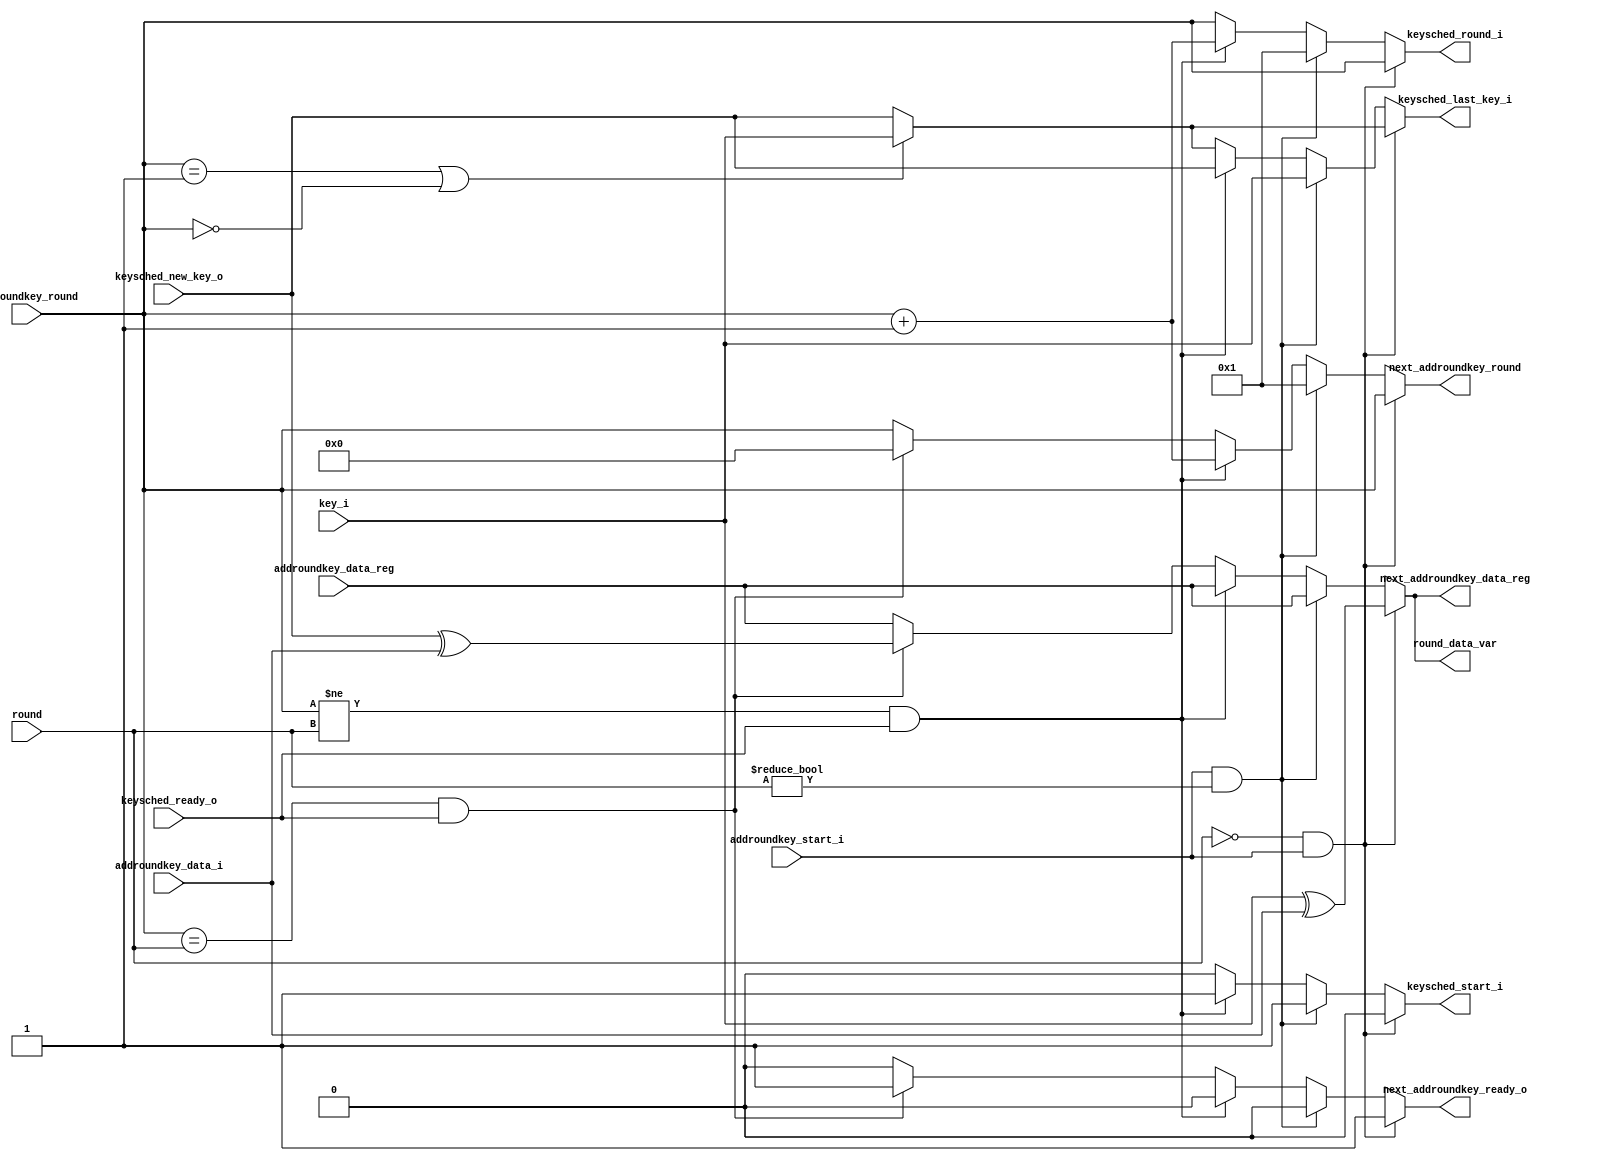

// a simple test case extracted from systemcaes (as included in iwls2005)
// this design has latches (or logic loops) for the two temp variables.
// this latches (or logic loops) must be removed in the final synthesis results

module aes(
	// inputs
	input [3:0] addroundkey_data_i,
	input [3:0] addroundkey_data_reg,
	input [3:0] addroundkey_round,
	input [3:0] key_i,
	input [3:0] keysched_new_key_o,
	input [3:0] round,
	input addroundkey_start_i,
	input keysched_ready_o,

	// outputs
	output reg [3:0] keysched_last_key_i,
	output reg [3:0] keysched_round_i,
	output reg [3:0] next_addroundkey_data_reg,
	output reg [3:0] next_addroundkey_round,
	output reg [3:0] round_data_var,
	output reg keysched_start_i,
	output reg next_addroundkey_ready_o
);

// temp variables
reg [3:0] data_var;
reg [3:0] round_key_var;

always @*
begin
	keysched_start_i = 0;
	keysched_round_i = addroundkey_round;
	round_data_var = addroundkey_data_reg;
	next_addroundkey_data_reg = addroundkey_data_reg;
	next_addroundkey_ready_o = 0;
	next_addroundkey_round = addroundkey_round;

	if (addroundkey_round == 1 || addroundkey_round == 0)
		keysched_last_key_i = key_i;
	else
		keysched_last_key_i = keysched_new_key_o;

	if (round == 0 && addroundkey_start_i)
	begin
		data_var = addroundkey_data_i;
		round_key_var = key_i;
		round_data_var = round_key_var ^ data_var;
		next_addroundkey_data_reg = round_data_var;
		next_addroundkey_ready_o = 1;
	end
	else if (addroundkey_start_i && round != 0)
	begin
		keysched_last_key_i = key_i;
		keysched_start_i = 1;
		keysched_round_i = 1;
		next_addroundkey_round = 1;
	end
	else if (addroundkey_round != round && keysched_ready_o)
	begin
		next_addroundkey_round = addroundkey_round + 1;
		keysched_last_key_i = keysched_new_key_o;
		keysched_start_i = 1;
		keysched_round_i = addroundkey_round + 1;
	end
	else if (addroundkey_round == round && keysched_ready_o)
	begin
		data_var = addroundkey_data_i;
		round_key_var = keysched_new_key_o;
		round_data_var = round_key_var ^ data_var;
		next_addroundkey_data_reg = round_data_var;
		next_addroundkey_ready_o = 1;
		next_addroundkey_round = 0;
	end
end

endmodule